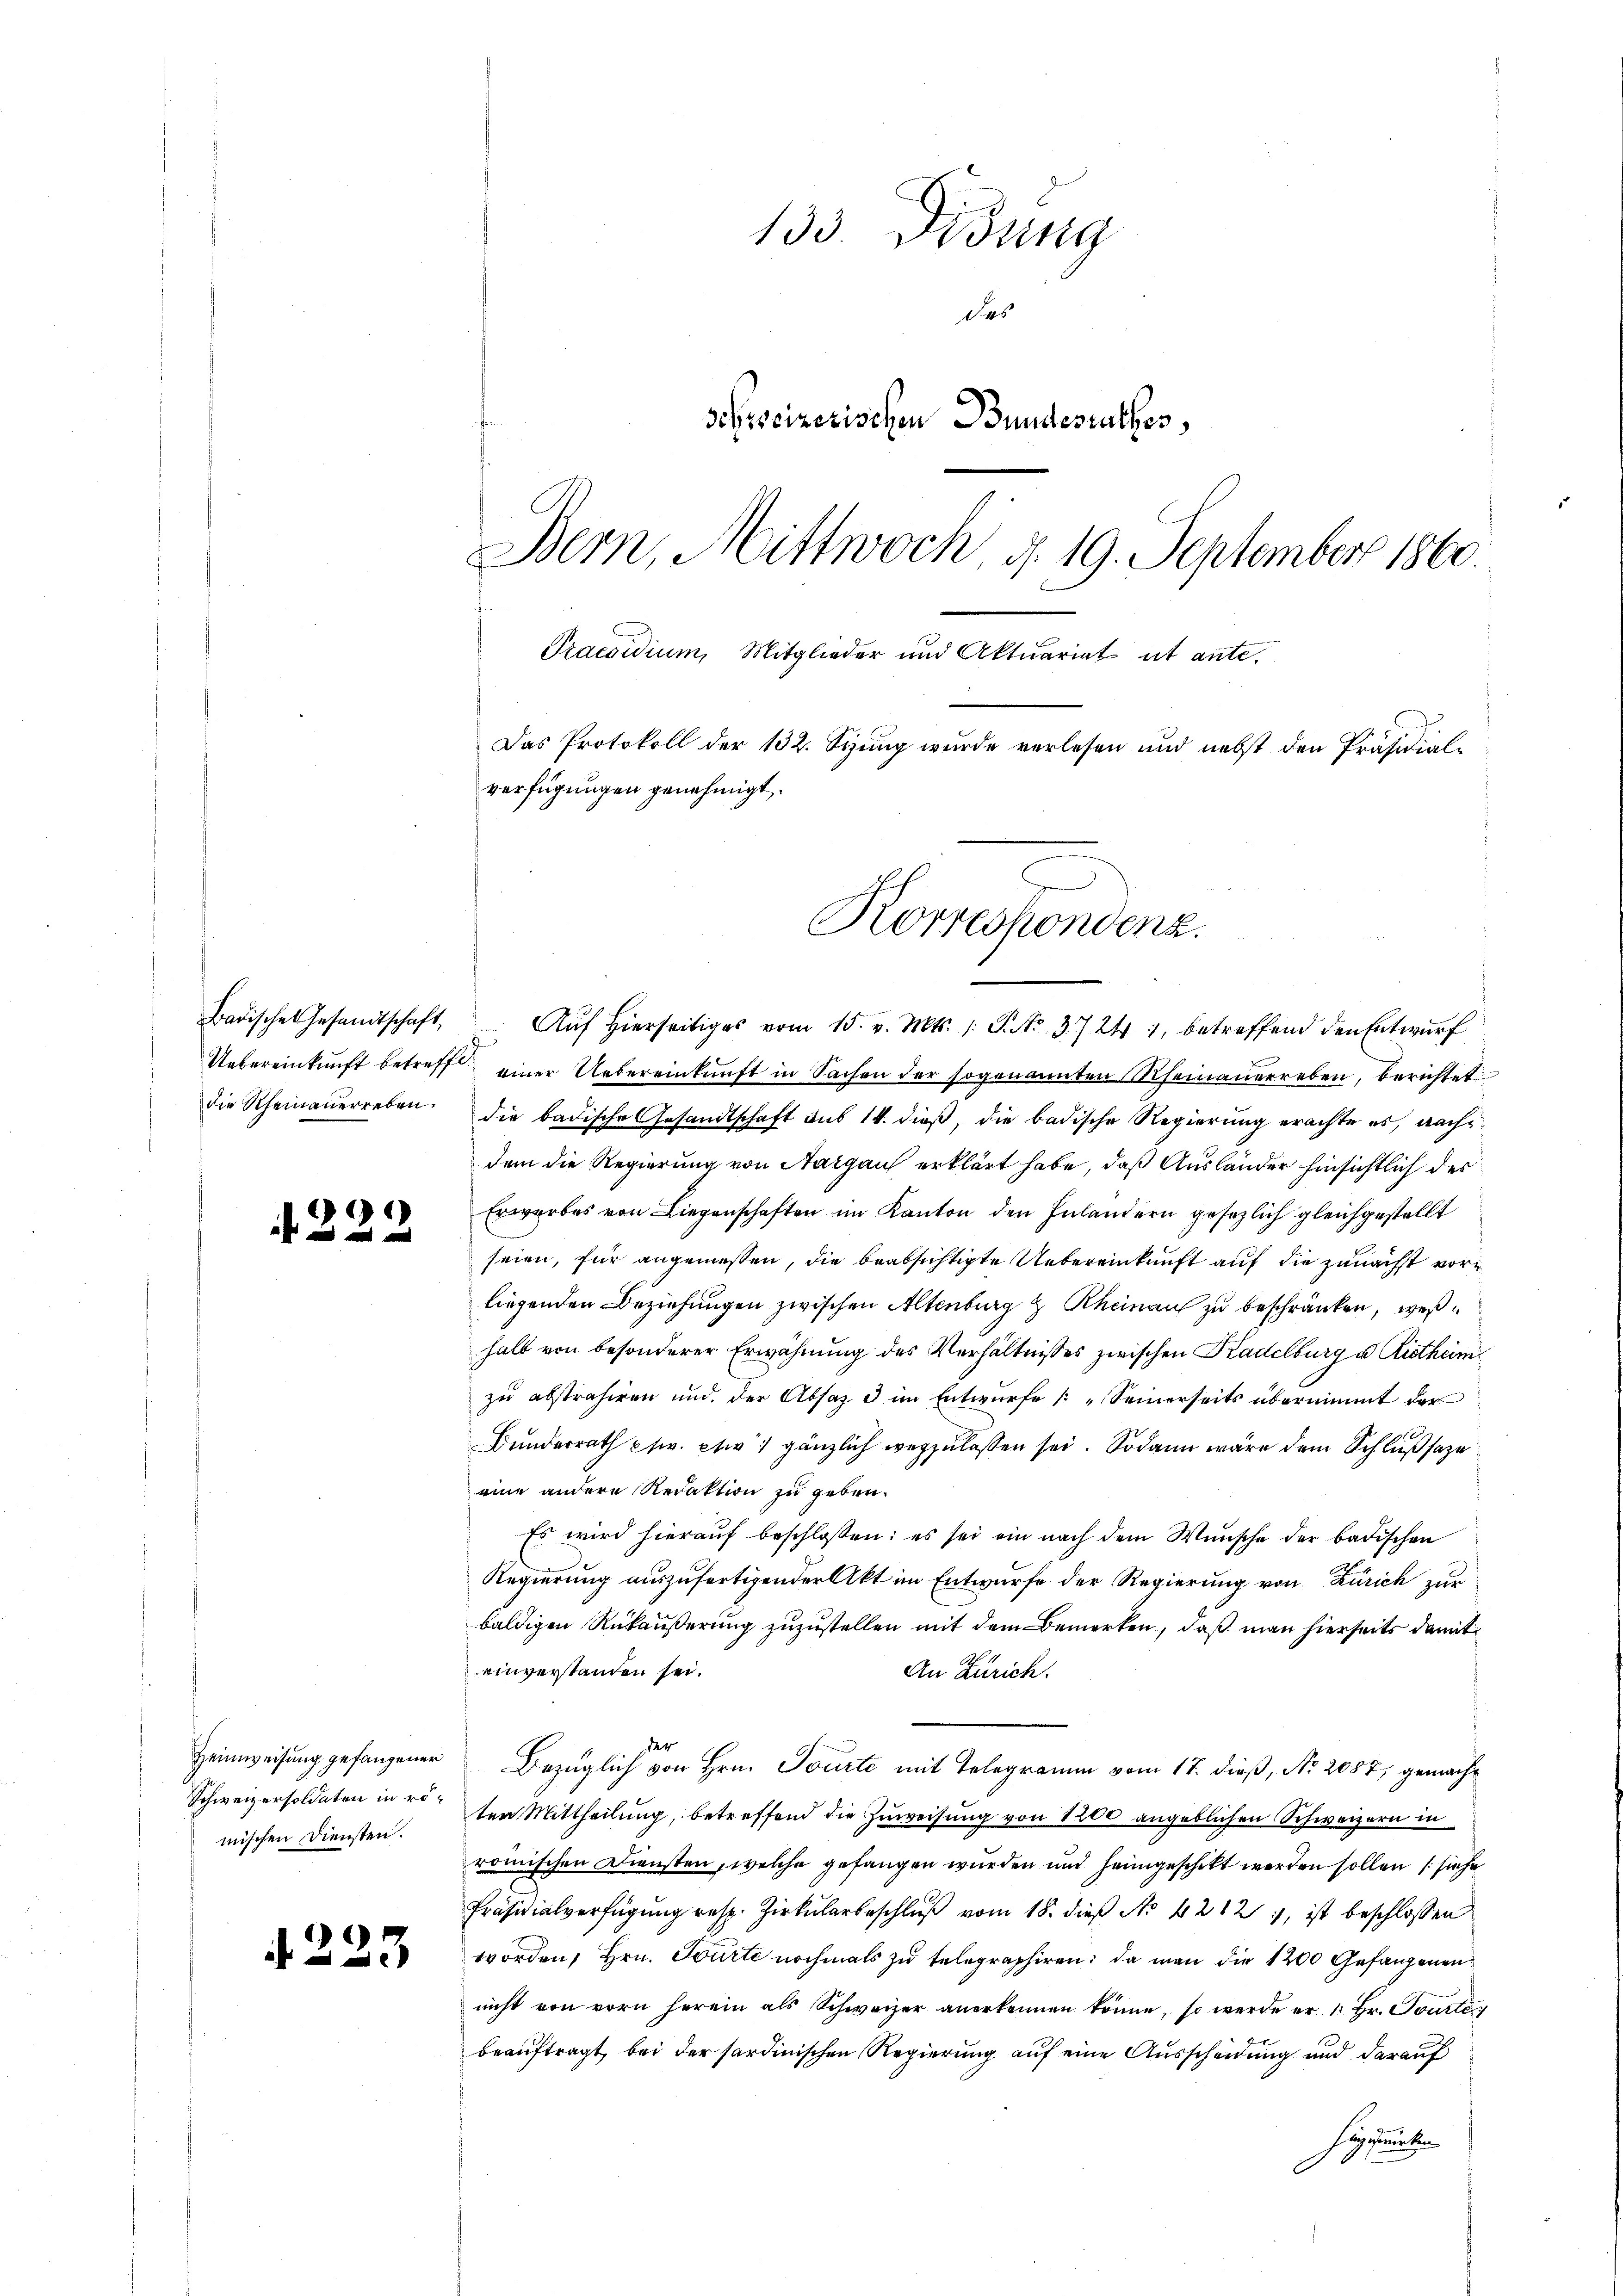
Badische Gesandtschaft,
die Rheinauerreben.

)
1 f 0 x

Heimweisung gefangener
Schweizersoldaten in römischen Diensten.

223

133 Didung
des
schreizerischen Bundesrathes,
Bern, Mittwoch d. 19. September 1860.
Praesidium, Mitglieder und Aktuariat et ante¬
Das Protokoll der 132. Sizung wurde verlesen und nebst den Präsidial-
verfügungen genehmigt.
g
Korrespondenz.

Auf hierseitiges vom 15. v. Mts. 1. P. No. 37241, betreffend den Entwurf
Uebereinkunft betreff einer Uebereinkunft in Sachen der sogenannten Rheinauerreben, berichtet
die badische Gesandtschaft aus 14. dieß, die badische Regierung erachte es, nach
dem die Regierung von Aargau erklärt habe, daß Ausländer hinsichtlich des
Erworbes von Liegenschaften im Kanton den Inlandern gesezlich gleichgestellt
seien, für angemessen, die beabsichtigte Uebereinkunft auf die zunächst vorliegenden Beziehungen zwischen Altenburg & Rheinau zu beschränken, weßhalb von besonderer Erwähnung des Verhältnisses zwischen Kadelburg u Rietheimzu abstrahiren und der Absatz 3 im Entwurfe „Seinerseits übernimmt der
Bunderrath p fr. et gänzlich wegzulassen sei. Sodann wäre dem Schluß seze
eine andere Redaktion zu geben.
Es wird hierauf beschloßen: es sei ein nach dem Wunsche der badischen
Regierung auszufertigender Akt im Entwurfe der Regierung von Zürich zur
baldigen Rükäußerung zuzustellen mit dem Bemerken, daß man hierseits damit
einverstanden sei.
An Zürich.
der
Bezüglich von Hrn. Tourte mit Telegramm vom 17. dieß, No. 2087, gemacht
ten Mittheilung, betreffend die Zuweisung von 1200 angeblichen Schweizern in
romischen Diensten, welche gefangen wurden und heimgeschickt werden sollen (siehe
Präsidialverfügŭng resp. Zirkŭlarbeschlŭβ vom 18. dieß No 4212, ist beschlossen
worden, Hrn. Tourte nochmals zu telegraphiren; da man die 1200 Gefangenen
nicht von vorn herein als Schweizer anerkennen könne, so werde er 1 Hr. Tourte
beauftragt, bei der sardinischen Regierung auf eine Ausscheidung und darauf
heygimenten
.